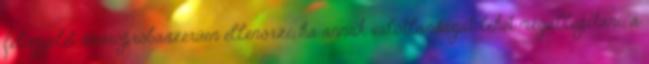
felügyelet szúrópróbaszerűen ellenőrzi, ha annak valótlanságát lehet megállapítani, a